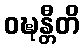
ဝဍ္ဎန္တီတိ